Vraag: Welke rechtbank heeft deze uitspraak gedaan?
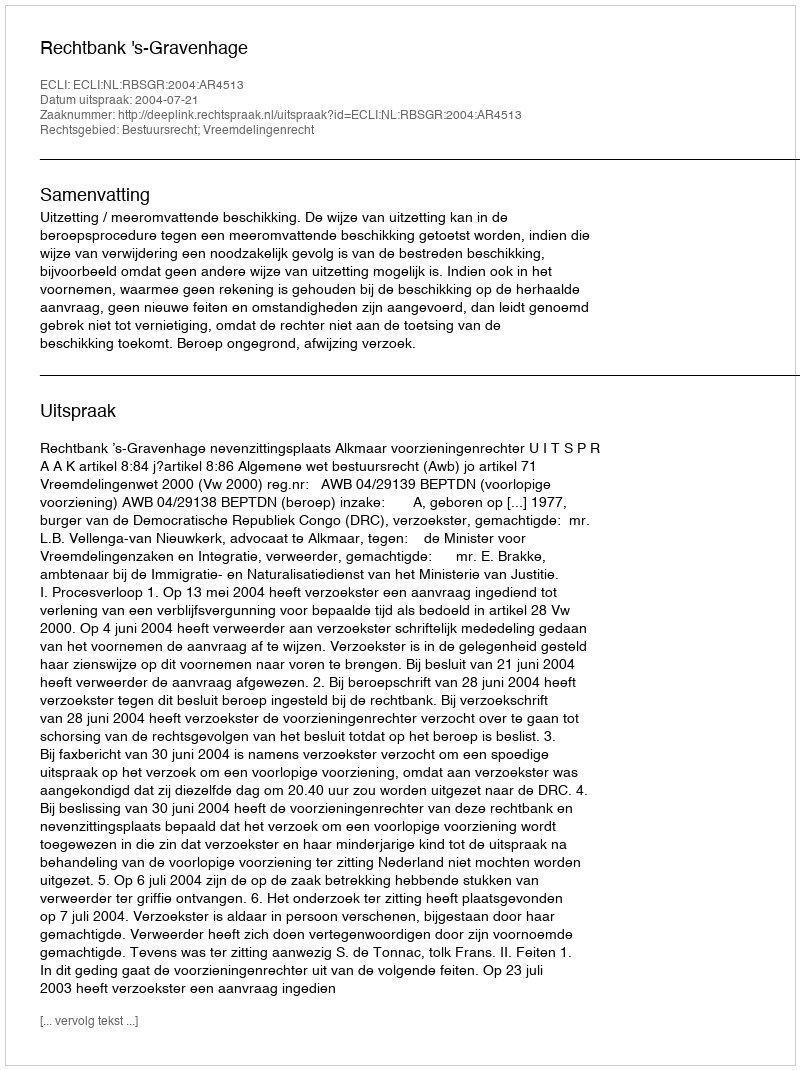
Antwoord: Rechtbank 's-Gravenhage